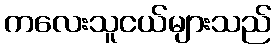
ကလေးသူငယ်များသည်